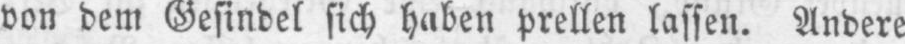
von dem Gesindel sich haben prellen lassen. Andere